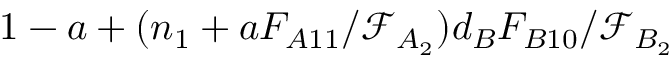
1 - a + ( n _ { 1 } + a F _ { A 1 1 } / \mathcal { F } _ { A _ { 2 } } ) d _ { B } F _ { B 1 0 } / \mathcal { F } _ { B _ { 2 } }